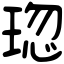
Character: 𤦏